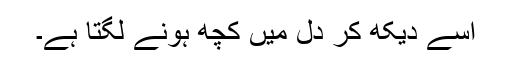
اسے دیکھ کر دل میں کچھ ہونے لگتا ہے۔